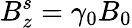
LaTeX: B_{z}^{s}=\gamma_{0}B_{0}